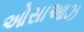
ઓસાઆઝ